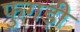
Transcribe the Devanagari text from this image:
फुगड़ी